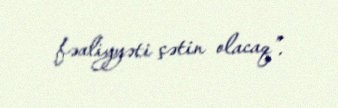
fəaliyyəti çətin olacaq”.